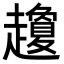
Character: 𧾣